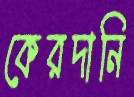
কেরদানি